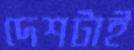
দেশটাই